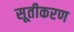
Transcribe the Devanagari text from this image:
सूतीकरण